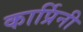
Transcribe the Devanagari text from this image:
कार्प्रिनी